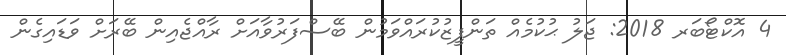
4 އޮކްޓޯބަރ 2018: ޖަލު ޙުކުމެއް ތަންފީޒުކުރައްވަމުން ބޭސްފަރުވާއަށް ރާއްޖެއިން ބޭރަށް ވަޑައިގެން